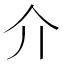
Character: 介